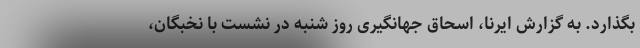
بگذارد. به گزارش ایرنا، اسحاق جهانگیری روز شنبه در نشست با نخبگان،